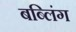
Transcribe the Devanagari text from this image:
बब्लिंग